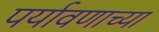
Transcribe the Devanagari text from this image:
पर्यावणाच्या